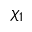
\chi _ { 1 }